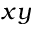
x y